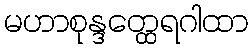
မဟာစုန္ဒတ္ထေရဂါထာ